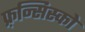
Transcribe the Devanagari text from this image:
फ़्रन्सिस्को